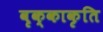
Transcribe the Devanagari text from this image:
वृक्काकृति